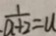
\frac { 1 } { a + 2 } = u